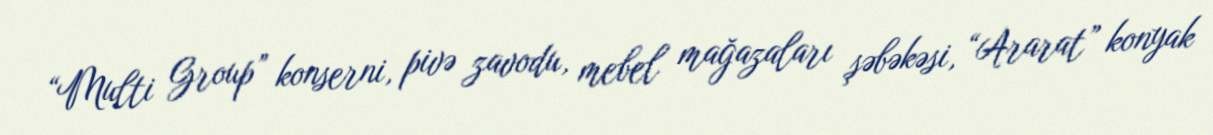
“Multi Group” konserni, pivə zavodu, mebel mağazaları şəbəkəsi, “Ararat” konyak